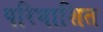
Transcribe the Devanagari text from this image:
परिभाशित